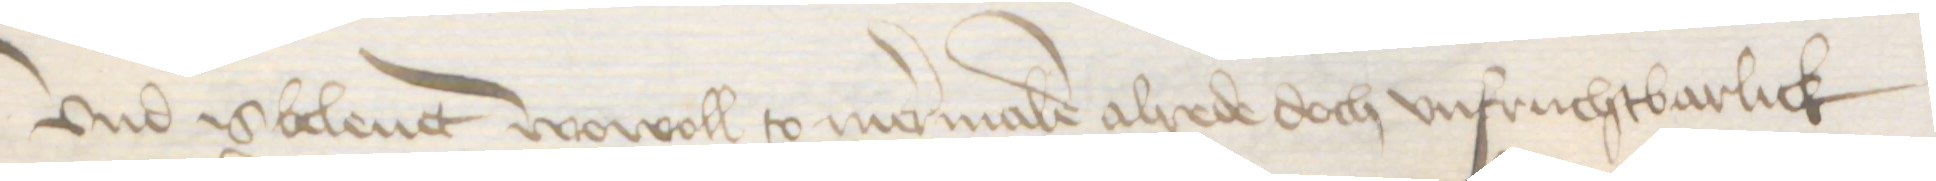
Vnd is beleut wowoll to mermalen alrede doch unfruchtbarlick